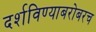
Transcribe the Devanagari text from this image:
दर्शविण्याबरोबरच